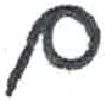
אות: ם